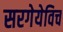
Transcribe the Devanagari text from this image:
सरगेयेविच